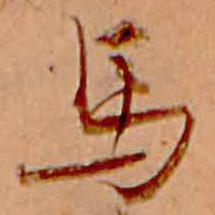
馬